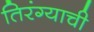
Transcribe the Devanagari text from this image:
तिरंग्याची